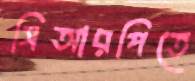
সিআরপিতে